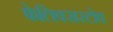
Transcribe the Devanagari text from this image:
फेलिक्सस्टोव